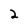
Character: 2